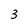
Character: 3